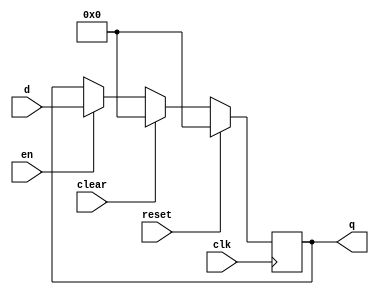
`timescale 1ns / 1ps
//////////////////////////////////////////////////////////////////////////////////
// Company: 
// Engineer: 
// 
// Design Name: 
// Module Name: flopenrc
// Project Name: 
// Target Devices: 
// Tool Versions: 
// Description: 
// 
// Dependencies: 
// 
// Revision:
// Revision 0.01 - File Created
// Additional Comments:
// 
//////////////////////////////////////////////////////////////////////////////////


module flopenrc #(parameter WIDTH = 8)
    (   input clk,reset,en,clear,
        input [WIDTH-1:0] d,
        output reg[WIDTH-1:0] q
    );
    
    always@(posedge clk) begin
        if(reset) q <= 0;
        else if(clear) q <= 0;
        else if(en) q <= d;
    end
endmodule